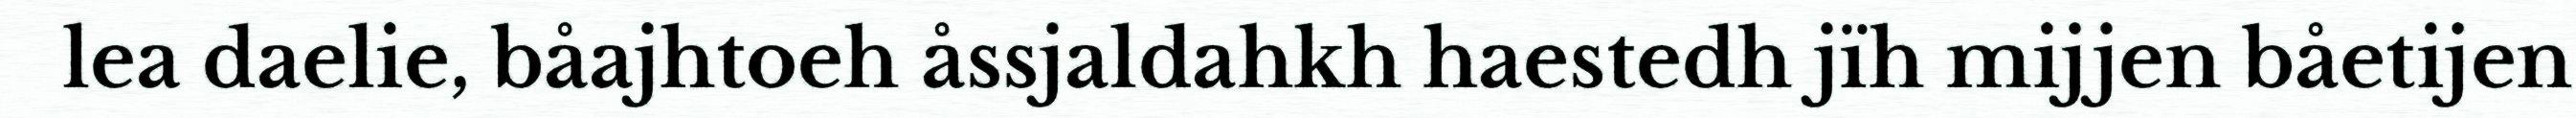
lea daelie, båajhtoeh åssjaldahkh haestedh jïh mijjen båetijen